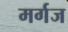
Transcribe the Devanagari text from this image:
मर्गज